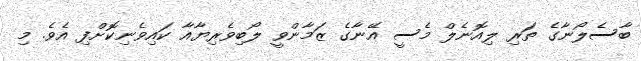
ބާސެލޯނާގެ ތަރި ލިއޮނެލް މެސީ އޭނާގެ ޒަމާންވީ ލޯބިވެރިޔާއާ ކައިވެނިކޮށްފި އެވެ. މި